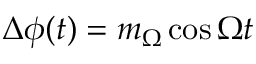
\Delta \phi ( t ) = m _ { \Omega } \cos \Omega t